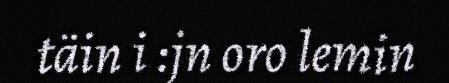
täin i :jn oro lemin